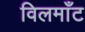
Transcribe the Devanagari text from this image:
विलमाँट